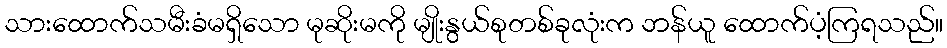
သားထောက်သမီးခံမရှိသော မုဆိုးမကို မျိုးနွယ်စုတစ်ခုလုံးက ဘန်ယူ ထောက်ပံ့ကြရသည်။